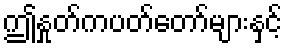
ဤနှုတ်ကပတ်တော်များနှင့်